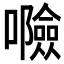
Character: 𱕤